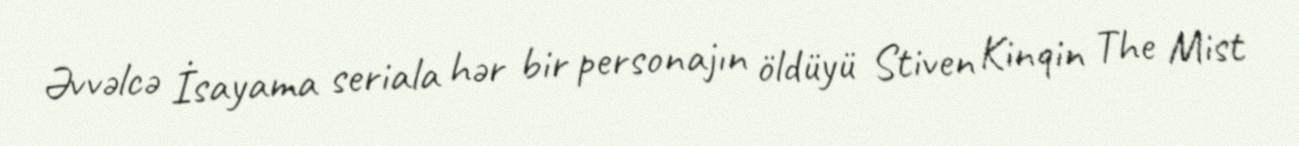
Əvvəlcə İsayama seriala hər bir personajın öldüyü Stiven Kinqin The Mist